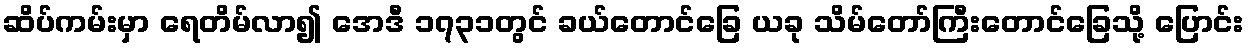
ဆိပ်ကမ်းမှာ ရေတိမ်လာ၍ အေဒီ ၁၇၃၁တွင် ခယ်တောင်ခြေ ယခု သိမ်တော်ကြီးတောင်ခြေသို့ ပြောင်း